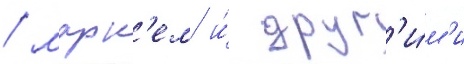
/ марк'ем и́ друг'и́м'и